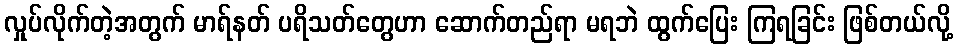
လှုပ်လိုက်တဲ့အတွက် မာရ်နတ် ပရိသတ်တွေဟာ ဆောက်တည်ရာ မရဘဲ ထွက်ပြေး ကြရခြင်း ဖြစ်တယ်လို့